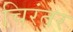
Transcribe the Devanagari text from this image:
चिरंतर